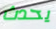
يحدث